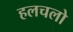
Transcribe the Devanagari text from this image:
हलचलो